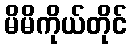
မိမိကိုယ်တိုင်